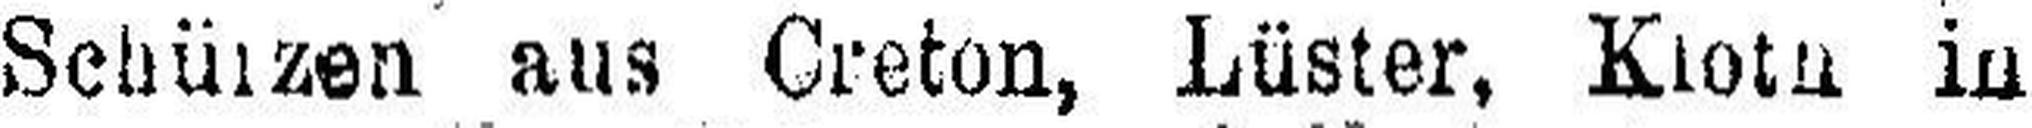
Schürzen aus Creton, Lüster, Klot### in